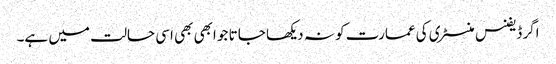
اگر ڈیفنس منسٹری کی عمارت کو نہ دیکھا جاتا جو ابھی بھی اسی حالت میں ہے۔